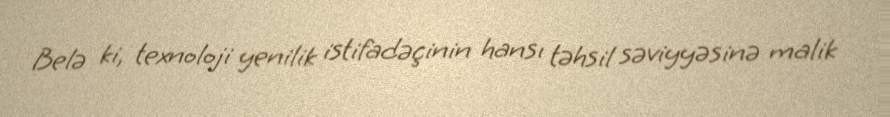
Belə ki, texnoloji yenilik istifadəçinin hansı təhsil səviyyəsinə malik